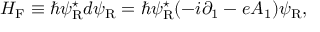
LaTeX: { \cal H } _ { \mathrm { F } } \equiv \hbar \psi _ { \mathrm { R } } ^ { \star } d \psi _ { \mathrm { R } } = \hbar \psi _ { \mathrm { R } } ^ { \star } ( - i { \partial } _ { 1 } - e A _ { 1 } ) \psi _ { \mathrm { R } } ,